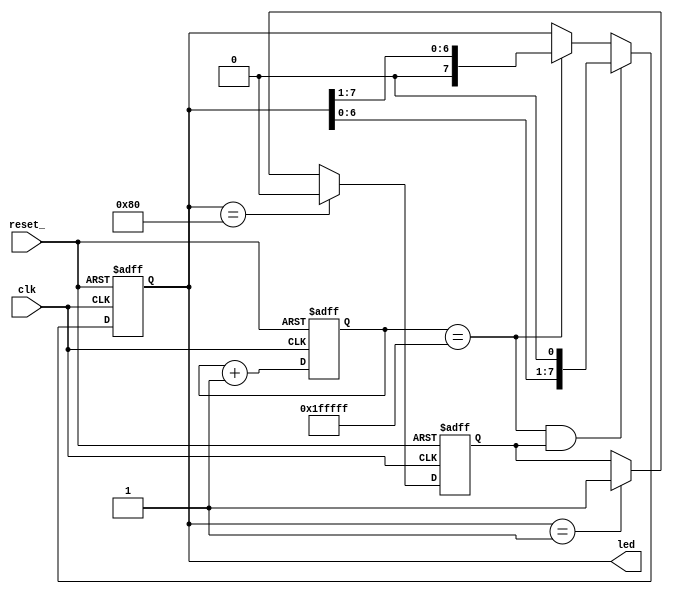
module knightrider (
    clk,
    reset_,
    led);

   input   clk;
   input   reset_;
   output  [7:0] led;

   // Goal is to change LED pattern roughly every 250ms. The Papilio Pro
   // clock runs at 32 MHz (32.25 ns period). If we increment a 21 bit counter
   // on each clock cycle, it will roll over approximately each quarter second.
   // (Arithmetic left to the interested student.)
   reg [20:0] count;

   // Board has eight LEDs; this vector represents the state of each LED. A one
   // in the corresponding bit turns the LED on; a zero turns it off.
   reg [7:0]  led;

   // A single bit indication of whether the LED animation is moving right
   // to left. (Once the active LED is in the left-most position, we clear this
   // value to signal we should start shifting right.)
   reg         left_shift;

   // Change the LED pattern each time our counter rolls over. The shift signal
   // will go high (1'b1) only for the single clock cycle where the counter is
   // maxed out. This is combinitorial logic; the value is continuously updated.
   assign shift = count == 21'h1FFFFF;

   // Increment the counter at each clock tick; set counter to 0 on reset.
   always@ (posedge clk or negedge reset_)
     if (!reset_)
       count <= 21'h0;
     else
       count <= count + 1;

   // Shift the state of the LEDs each time the 'shift' signal is high (should
   // be the case only one clock cycle per ~250ms). LED state has one bit set,
   // the remaining seven cleared.
   always@ (posedge clk or negedge reset_)
     if (!reset_)
       led[7:0] <= 8'b1000_0000;
     else if (shift && left_shift)    // Move 'on' LED left one position
       led[7:0] <= led[7:0] << 1;
     else if (shift)                  // Move right
       led[7:0] <= led[7:0] >> 1;

   // Track whether we're moving left or right. When the 'on' LED reaches the
   // left-most position, clear this value. When it reaches the right-most
   // position, set it.
   always@ (posedge clk or negedge reset_)
     if (!reset_)
       left_shift <= 1'b0;
     else if (led[7:0] == 8'b1000_0000)
       left_shift <= 1'b0;
     else if (led[7:0] == 8'b0000_0001)
       left_shift <= 1'b1;

endmodule